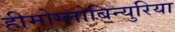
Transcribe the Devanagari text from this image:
हीमोग्लोबिन्युरिया